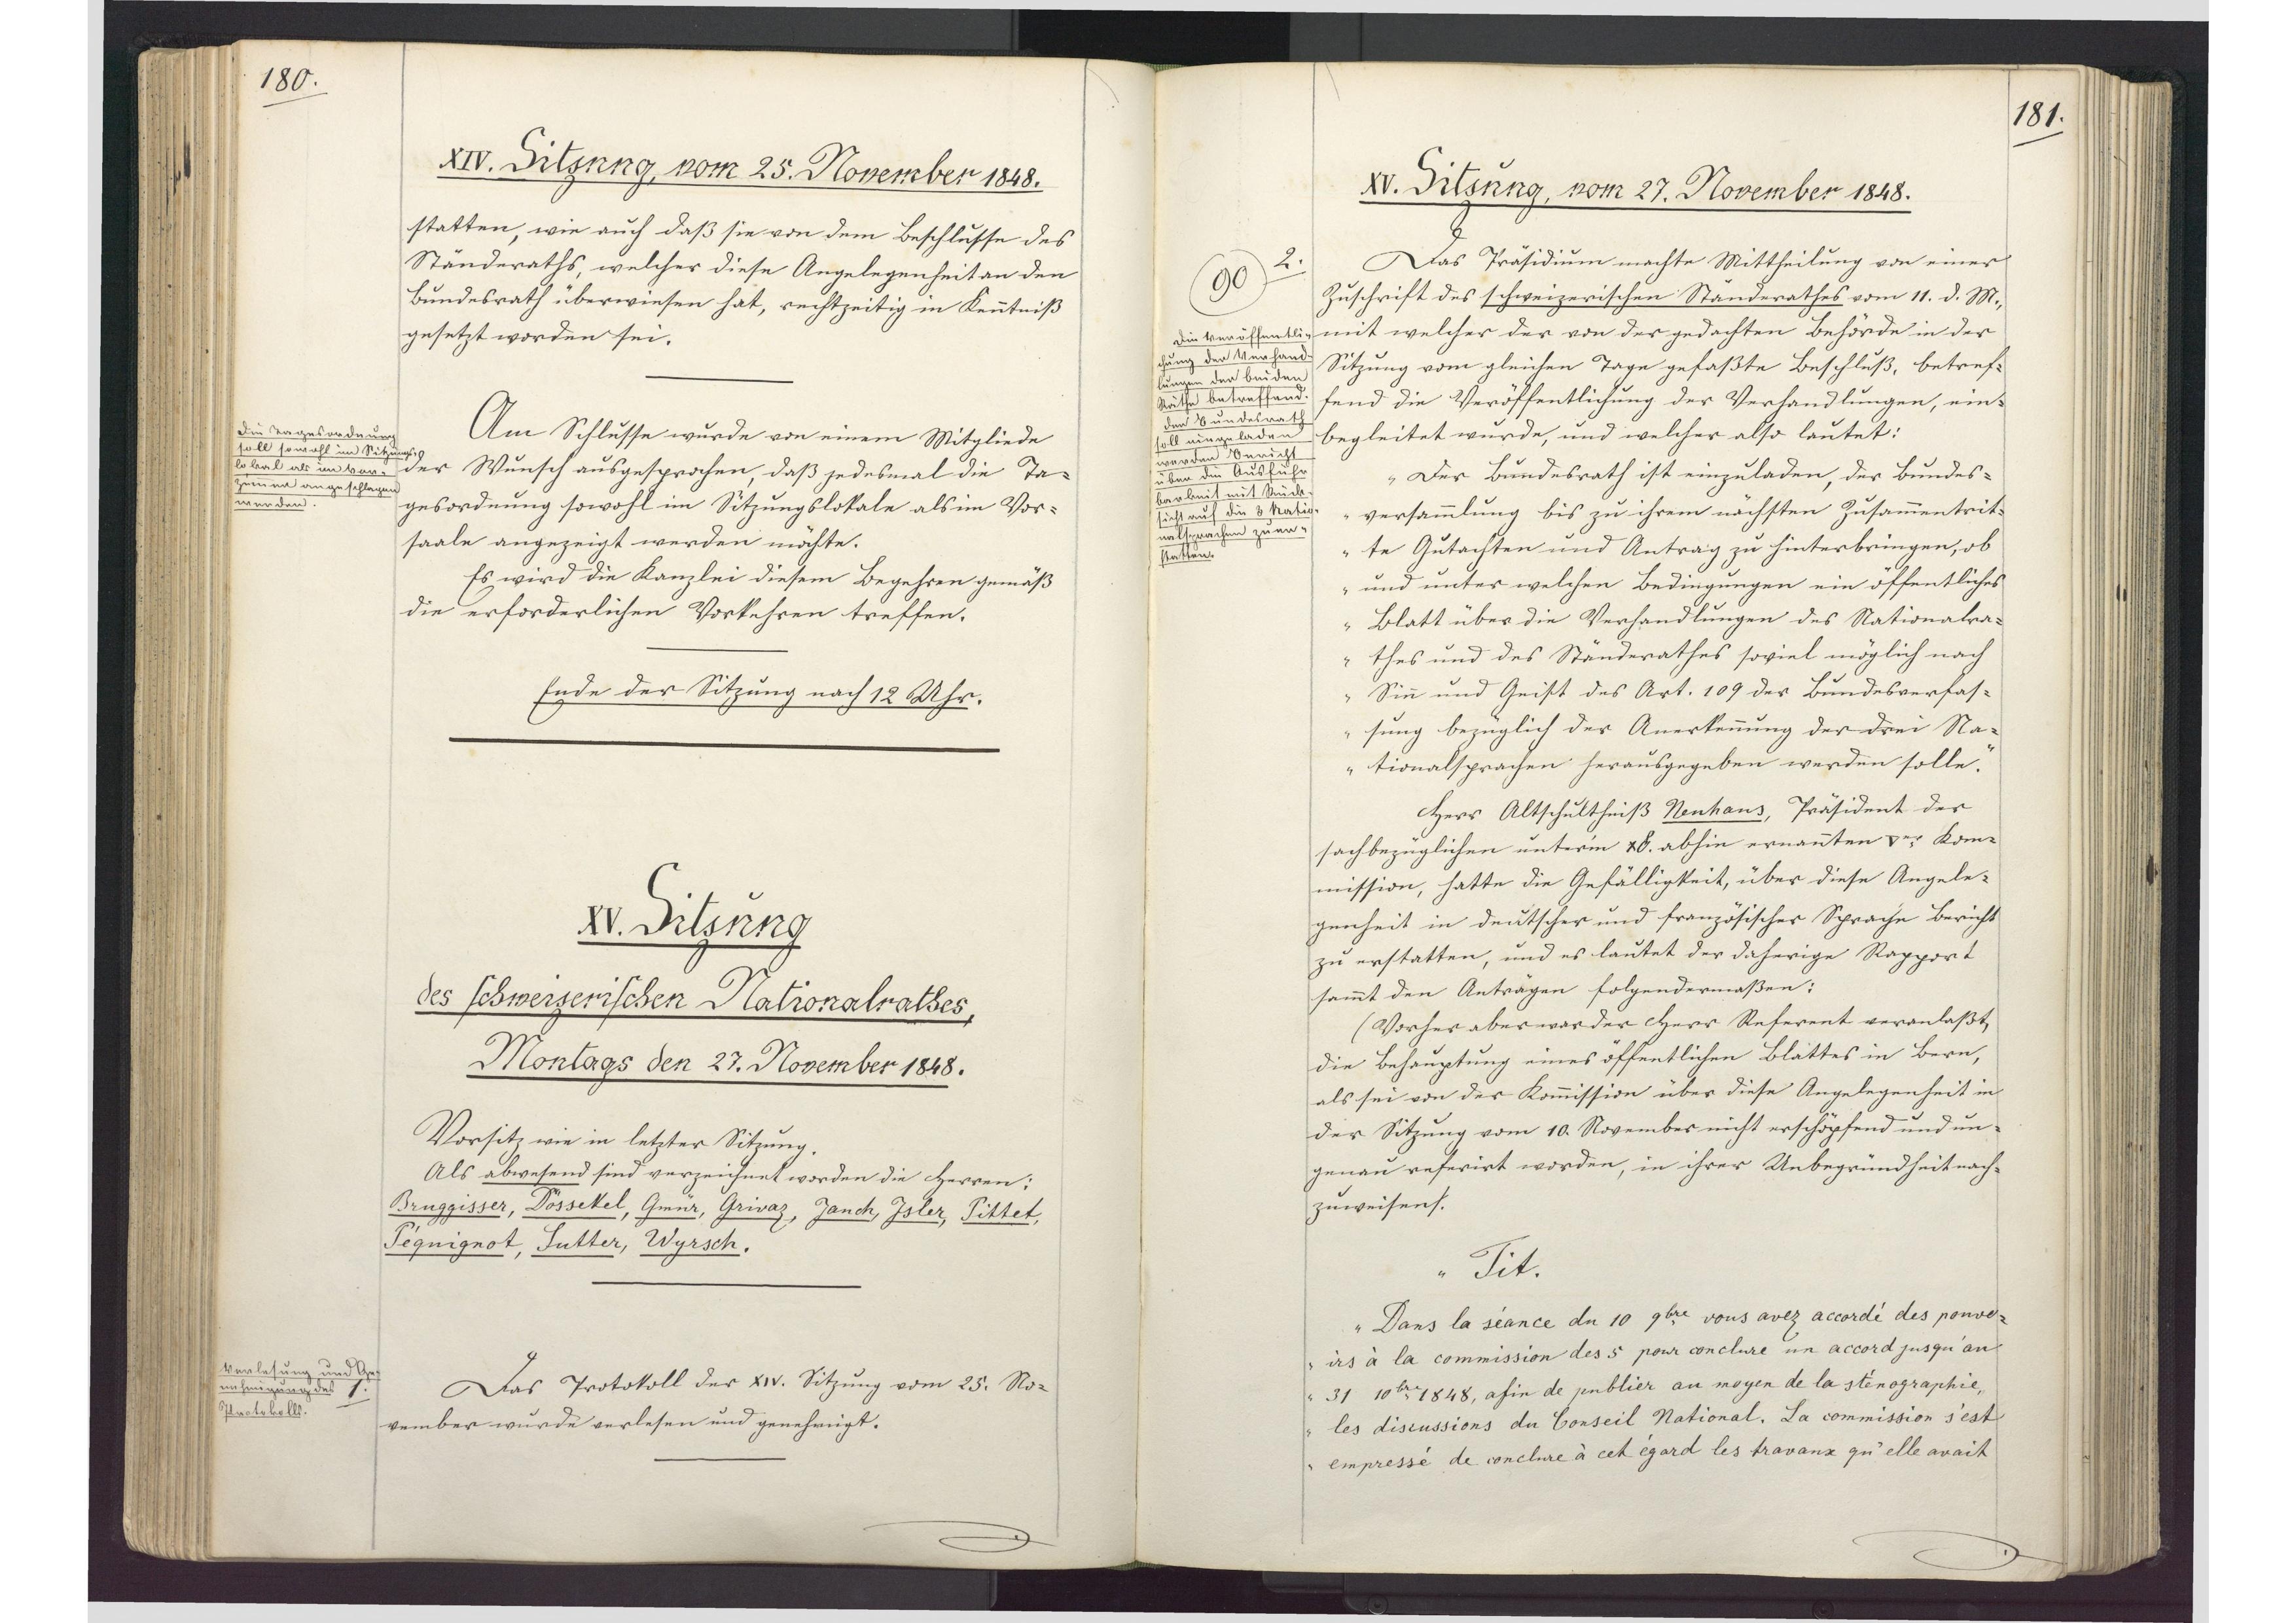
180.

XV. Sitzung
des schweizerischen Nationalrathes,
Montags den 27. November 1848.

Vorsitz wie in letzter Sitzung.
Als abwesend sind verzeichnet worden die Herren:
Bruggisser, Dössekel, Gmür, Grivaz, Jauch, Isler, Pittet,
Péguignot, Sutter, Wyrsch.
Das Protokoll der XIV. Sitzung vom 25. No¬
vember wurde verlesen und genehmigt.

1.
Verlesung und Ge¬
nehmigung des
Protokolls.

181.

XV. Sitzung, vom 27. November 1848.

Das Präsidium machte Mittheilung von einer
Zuschrift des schweizerischen Ständerathes vom 11. d. M.,
mit welcher der von der gedachten Behörde in der
Sitzung vom gleichen Tage gefaßte Beschluß, betref¬
fend die Veröffentlichung der Verhandlungen, ein¬
begleitet wurde, und welcher also lautet:
"Der Bundesrath ist einzuladen, der Bundes¬
versammlung bis zu ihrem nächsten Zusammentrit¬
te Gutachten und Antrag zu hinterbringen, ob
und unter welchen Bedingungen ein öffentliches
Blatt über die Verhandlungen des Nationalra¬
thes und des Ständerathes soviel möglich nach
Sinn und Geist des Art. 109 der Bundesverfas¬
sung bezüglich der Anerkennung der drei Na¬
tionalsprachen herausgegeben werden solle."
Herr Altschultheiß Neuhaus, Präsident der
sachbezüglichen unterm xx. abhin ernannten Ver Kom¬
mission, hatte die Gefälligkeit, über diese Angele¬
genheit in deutscher und französischer Sprache Bericht
zu erstatten, und es lautet der daherige Rapport
sammt den Anträgen folgendermassen:
(Vorher aber war der Herr Referent veranlaßt,
die Behauptung eines öffentlichen Blattes in Bern,
als sei von der Kommission über diese Angelegenheit in
der Sitzung vom 10. November nicht erschöpfend und un¬
genau referirt worden, in ihrer Unbegründheit nach¬
zuweisen.)
"Tit.
Dans la séance de 10 9bre, vous avez accordé des ponve¬
irs à la commission des 5 pour conclure un accord jusqu`an
31 10bre 1848, afin de publier au moyen de la sténographie,
les discussions du Conseil National. La commission s`est
empressé de conclure à cet égard les travauz qu`elle avait

2.
90
Die Veröffentli¬
chung der Verhand¬
lungen der beiden
Räthe betreffend.
Der Bundesrath
soll eingeladen
werden Bericht
über die Ausführ¬
barkeit mit Rück¬
sicht auf die 3 Natio¬
nalsprachen zu er¬
statten.